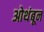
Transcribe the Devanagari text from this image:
ओथंबून